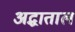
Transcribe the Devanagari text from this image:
अद्धाताल